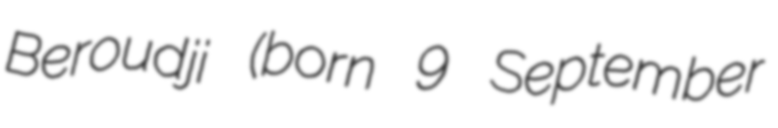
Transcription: Beroudji (born 9 September